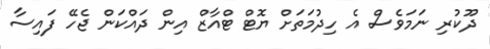
ދޫކުރި ނަމަވެސް އެ ހިދުމަތަށް ޔޮޓް ޓްއާޒް އިން ދައްކަން ޖެހޭ ފައިސާ